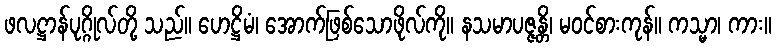
ဖလဋ္ဌာန်ပုဂ္ဂိုလ်တို့ သည်။ ဟေဋ္ဌိမံ၊ အောက်ဖြစ်သောဖိုလ်ကို။ နသမာပဇ္ဇန္တိ၊ မဝင်စားကုန်။ ကသ္မာ၊ ကား။